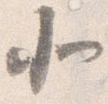
北